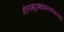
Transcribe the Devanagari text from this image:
नीलाम्बुजश्यामलकोमलाङ्गं